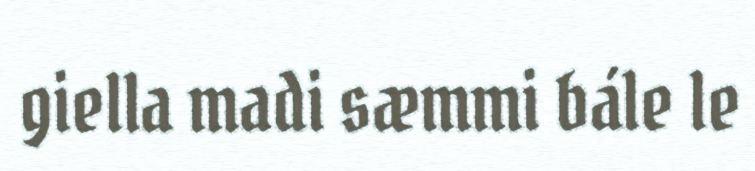
giella madi sæmmi bále le